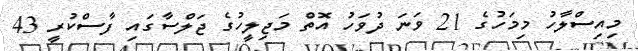
މިއިސްލާހު މިމަހުގެ 21 ވަނަ ދުވަހު އޮތް މަޖިލީހުގެ ޖަލްސާގައި ފާސްކުރީ 43